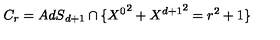
C _ { r } = { A d S } _ { d + 1 } \cap \{ { X ^ { 0 } } ^ { 2 } + { X ^ { d + 1 } } ^ { 2 } = r ^ { 2 } + 1 \}